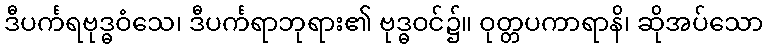
ဒီပင်္ကရဗုဒ္ဓဝံသေ၊ ဒီပင်္ကရာဘုရား၏ ဗုဒ္ဓဝင်၌။ ဝုတ္တပကာရာနိ၊ ဆိုအပ်သော